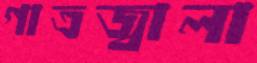
গাত্রজ্বালা